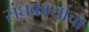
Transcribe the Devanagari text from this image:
संघकार्याचा